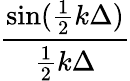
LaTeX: \frac{\sin(\frac{1}{2}k\Delta)}{\frac{1}{2}k\Delta}